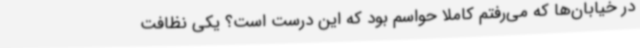
در خیابان‌ها که می‌رفتم کاملاً حواسم بود که این درست است؟ یکی نظافت